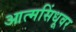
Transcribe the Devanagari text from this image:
आत्मसिंधूवर